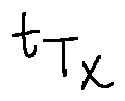
t _ { T _ { x } }